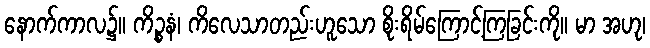
နောက်ကာလ၌။ ကိဉ္စနံ၊ ကိလေသာတည်းဟူသော စိုးရိမ်ကြောင့်ကြခြင်းကို။ မာ အဟု၊